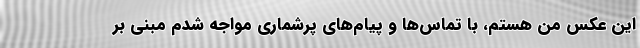
این عکس من هستم، با تماس‌ها و پیام‌های پرشماری مواجه شدم مبنی بر